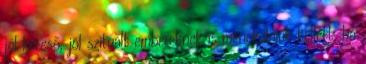
jól kereső, jól szituált embereknek is menekülniük kellett, ha